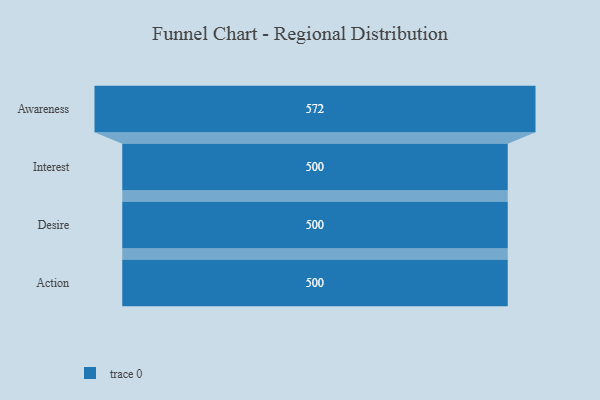
{"axis": {"x": "Stage", "y": "Value"}, "legend": [""], "data": [{"x": "Awareness", "y": 572.0, "type": ""}, {"x": "Interest", "y": 500, "type": ""}, {"x": "Desire", "y": 500, "type": ""}, {"x": "Action", "y": 500, "type": ""}]}